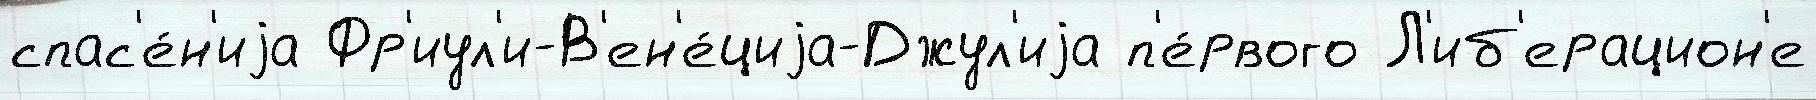
спас'е́н'иjа Фр'иул'и-В'ен'е́циjа-Джул'иjа п'е́рвого Л'иб'ерацион'е